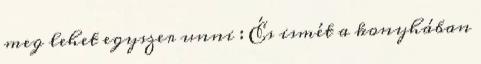
meg lehet egyszer unni : És ismét a konyhában